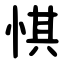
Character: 㥍